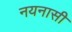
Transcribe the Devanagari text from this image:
नयनासी